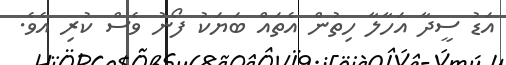
އަޑު ސީދާ އަހާލާ ހިތުން އެތައް ބަޔަކު ފޯނު ވެސް ކުރި އެވެ.